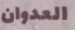
العدوان